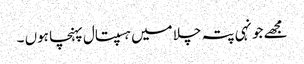
مجھے جونہی پتہ چلا میں ہسپتال پہنچا ہوں ۔